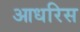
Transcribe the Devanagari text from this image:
आधरिस